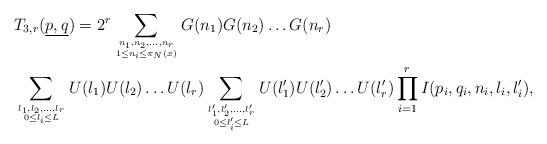
LaTeX: \begin{align*}&T_{3,r}(\underline{p,q}) = 2^r \sum_{n_1,n_2,\dots, n_r \atop {1 \leq n_i \leq \pi_N(x)}}G(n_1)G(n_2)\dots G(n_r) \\&\sum_{l_1,l_2,\dots, l_r \atop {0 \leq l_i \leq L}}U(l_1)U(l_2)\dots U(l_r) \sum_{l_1',l_2',\dots, l_r' \atop {0 \leq l_i' \leq L}}U(l_1')U(l_2')\dots U(l_r') \prod_{i=1}^r I(p_i,q_i,n_i,l_i,l_i'),\end{align*}